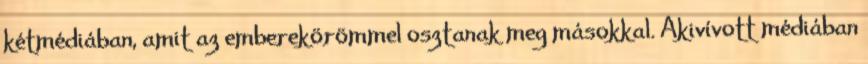
kétmédiában, amit az emberekörömmel osztanak meg másokkal. Akivívott médiában